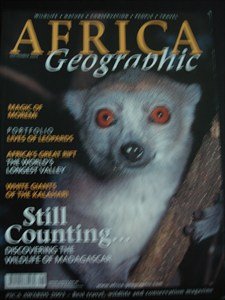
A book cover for AFRICA Geographic - September 2004 - Moremi - Leopards - Kalahari - Madagascar - Wildlife - Nature - Conservation - People - Travel; Travel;